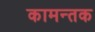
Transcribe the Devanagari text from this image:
कामन्तक